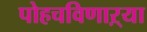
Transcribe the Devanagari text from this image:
पोहचविणाऱ्या